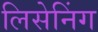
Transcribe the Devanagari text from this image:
लिसेनिंग